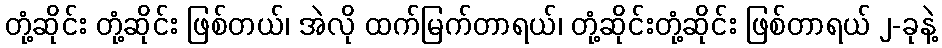
တုံ့ဆိုင်း တုံ့ဆိုင်း ဖြစ်တယ်၊ အဲလို ထက်မြက်တာရယ်၊ တုံ့ဆိုင်းတုံ့ဆိုင်း ဖြစ်တာရယ် ၂-ခုနဲ့